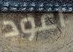
اعود